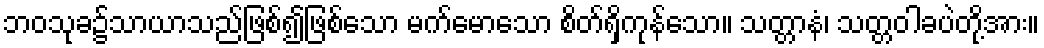
ဘဝသုခ၌သာယာသည်ဖြစ်၍ဖြစ်သော မက်မောသော စိတ်ရှိကုန်သော။ သတ္တာနံ၊ သတ္တဝါခပဲတို့အား။